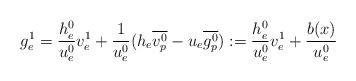
LaTeX: \begin{align*}g_e^1=\frac{h^0_e}{u_e^0}v^1_e+\frac{1}{u^0_e}(h_e\overline{v^0_p}-u_e\overline{g^0_p}):=\frac{h^0_e}{u_e^0}v^1_e+\frac{b(x)}{u^0_e}\end{align*}